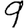
Digit: 9